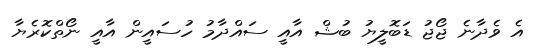
އެ ވެދާނެ ޖޯޖު ޑަބޮލީޔު ބުޝް އާއީ ސައްދާމު ހުސައީން އާއީ ނޯތްކޮރެޔާ